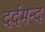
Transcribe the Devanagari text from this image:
दर्दमन्द